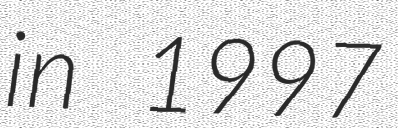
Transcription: in 1997